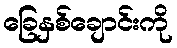
ခြေနှစ်ချောင်းကို